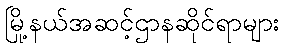
မြို့နယ်အဆင့်ဌာနဆိုင်ရာများ